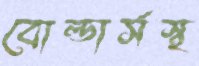
বোল্ডার্সস্থ